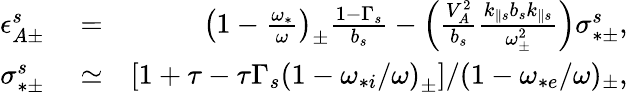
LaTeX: \begin{array}{rlr}{\epsilon_{A\pm}^{s}}&{{}=}&{\left(1-\frac{\omega_{*}}{\omega}\right)_{\pm}\frac{1-\Gamma_{s}}{b_{s}}-\left(\frac{V_{A}^{2}}{b_{s}}\frac{k_{\parallel s}b_{s}k_{\parallel s}}{\omega_{\pm}^{2}}\right)\sigma_{*\pm}^{s},}\\ {\sigma_{*\pm}^{s}}&{{}\simeq}&{\left[1+\tau-\tau\Gamma_{s}\left(1-\omega_{*i}/\omega\right)_{\pm}\right]/(1-\omega_{*e}/\omega)_{\pm},}\end{array}